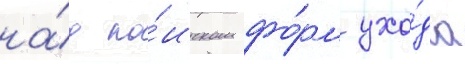
на́д по́иском фо́рм ухо́да